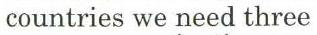
countries we need three